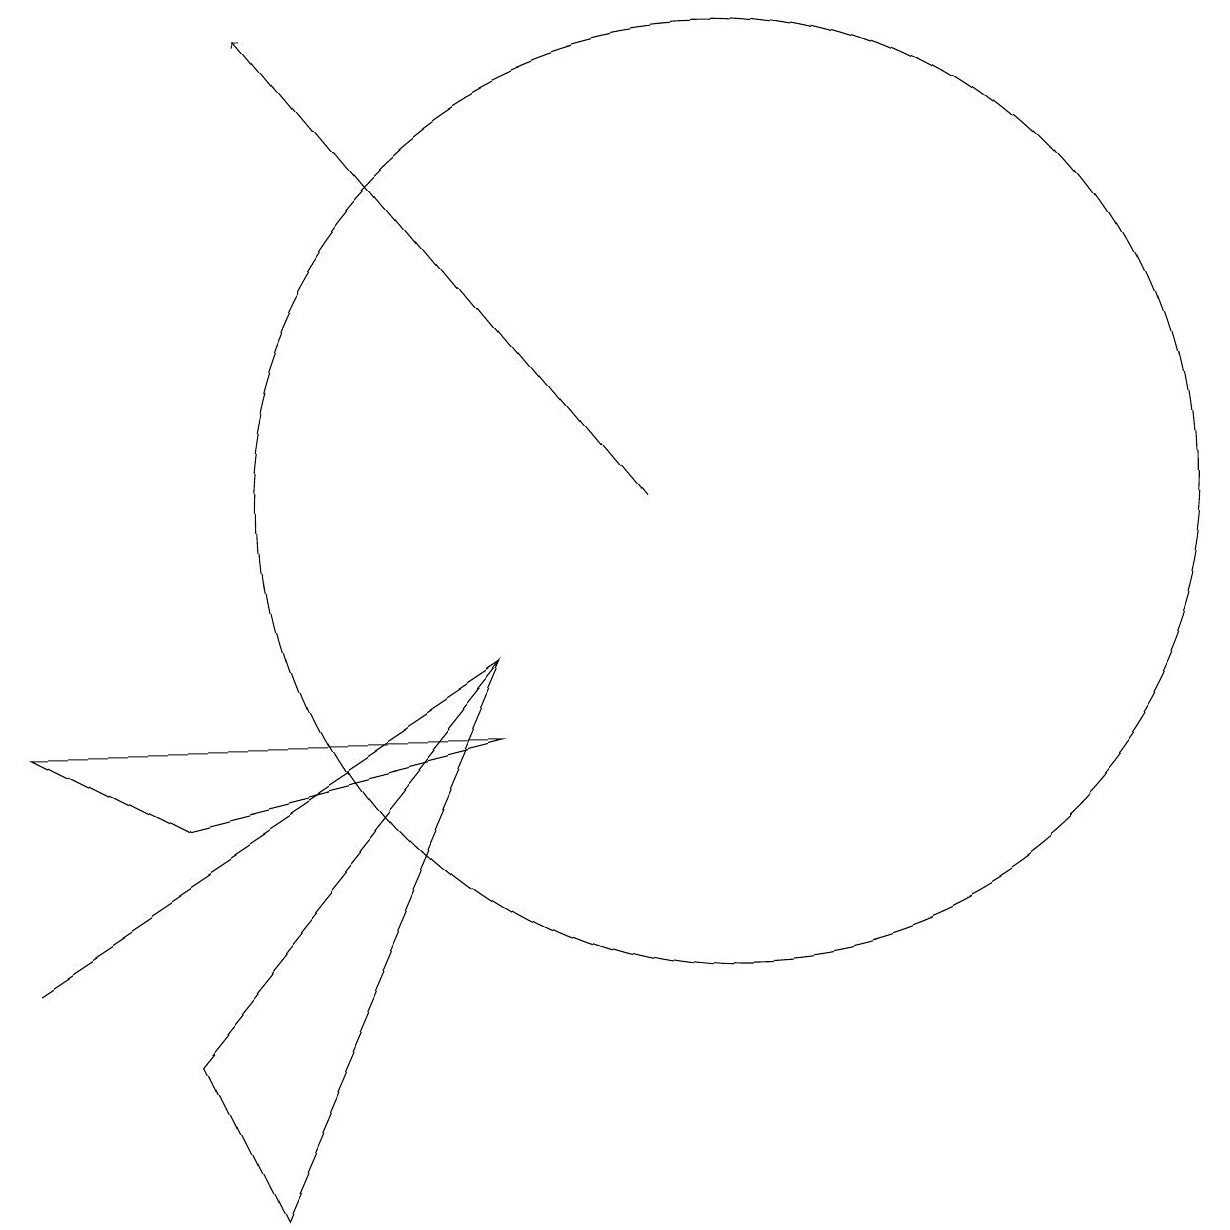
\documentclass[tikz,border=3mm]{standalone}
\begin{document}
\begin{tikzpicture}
\draw (3,6) -- (7,7) -- (1,7) -- cycle;
\draw (10,10) circle (6);
\draw (7,8) -- (7,8) -- (1,4) -- cycle;
\draw[->] (9,10) -- (4,16);
\draw (7,8) -- (4,1) -- (3,3) -- cycle;
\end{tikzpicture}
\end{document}